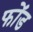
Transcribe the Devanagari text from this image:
फोंड